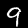
Digit: 9